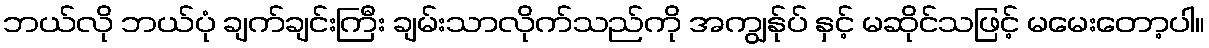
ဘယ်လို ဘယ်ပုံ ချက်ချင်းကြီး ချမ်းသာလိုက်သည်ကို အကျွန်ုပ် နှင့် မဆိုင်သဖြင့် မမေးတော့ပါ။